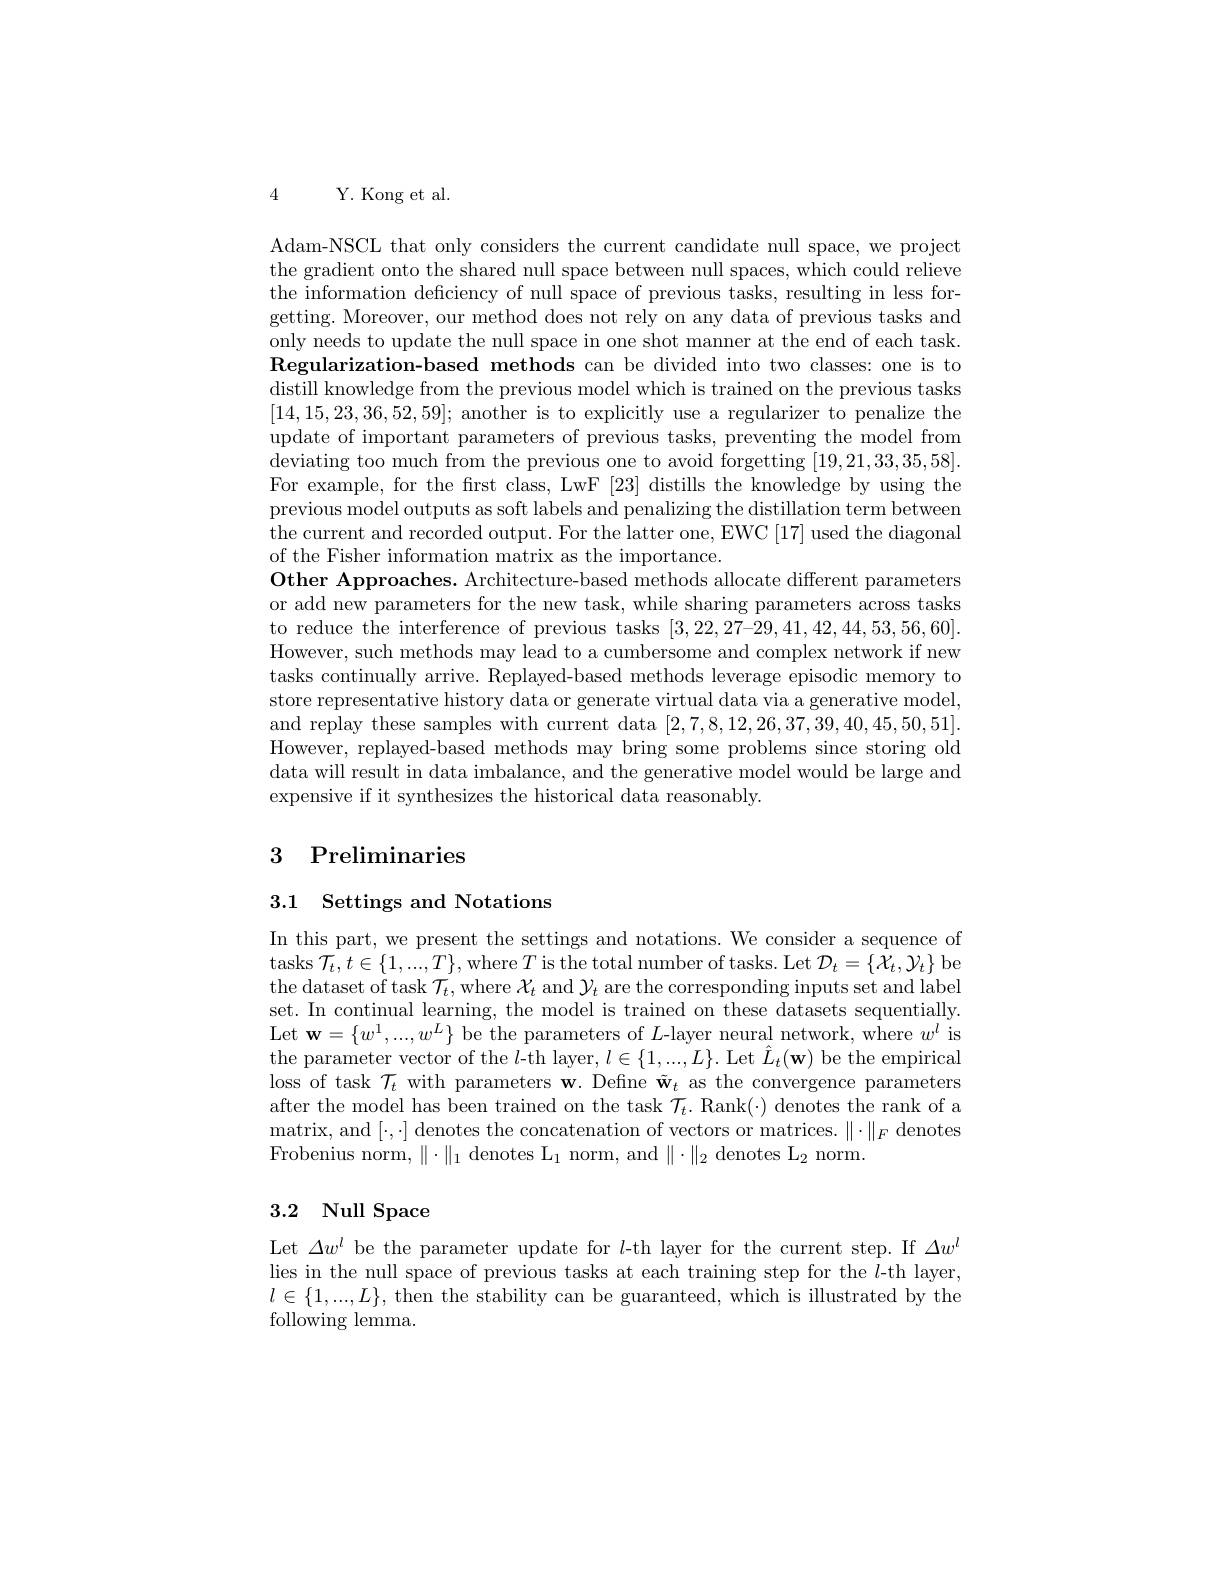
4

Y. Kong et al.

Adam-NSCL that only considers the current candidate null space, we project the gradient onto the shared null space between null spaces, which could relieve the information deficiency of null space of previous tasks, resulting in less forgetting. Moreover, our method does not rely on any data of previous tasks and only needs to update the null space in one shot manner at the end of each task. $\textbf{Regularization- based methods can be divided into two classes: one is to}$ distill knowledge from the previous model which is trained on the previous tasks [14,15,23,36,52,59]; another is to explicitly use a regularizer to penalize the update of important parameters of previous tasks, preventing the model from deviating too much from the previous one to avoid forgetting [19,21,33,35,58]. For example, for the first class, LwF [23] distills the knowledge by using the previous model outputs as soft labels and penalizing the distillation term between the current and recorded output. For the latter one, EWC [17] used the diagonal of the Fisher information matrix as the importance.
Other Approaches. Architecture-based methods allocate different parameters or add new parameters for the new task, while sharing parameters across tasks to reduce the interference of previous tasks $[3,22,27–29,41,42,44,53,56,60].$ However, such methods may lead to a cumbersome and complex network if new tasks continually arrive. Replayed-based methods leverage episodic memory to store representative history data or generate virtual data via a generative model, and replay these samples with current data [2,7,8,12,26,37,39,40,45,50,51]. However, replayed-based methods may bring some problems since storing old data will result in data imbalance, and the generative model would be large and expensive if it synthesizes the historical data reasonably.

# 3 Preliminaries

# 3.1 Settings and Notations

In this part, we present the settings and notations. We consider a sequence of tasks $\mathcal{T}_t,t\in\{1,...,T\}$,where $T$ is the total number of tasks. Let $\mathcal{D}_t=\{\mathcal{X}_t,\mathcal{Y}_t\}$ be the dataset of task $\mathcal{T}_t$,where $\mathcal{X}_t$ and $\mathcal{Y}_t$ are the corresponding inputs set and label set. In continual learning, the model is trained on these datasets sequentially. Let w$=\{w^1,...,w^L\}$ be the parameters of $L$-layer neural network, where $w^l$ is the parameter vector of the $l$-th layer, $l\in\{1,...,L\}.$ Let $\hat{L}_t(\mathbf{w})$ be the empirical loss of task $\mathcal{T}_t$ with parameters w. Define $\tilde{\mathbf{w}}_t$ as the convergence parameters after the model has been trained on the task $\mathcal{T}_t.$ Rank(·) denotes the rank of a $\operatorname*{matrix,~and~}[\cdot,\cdot]\operatorname*{denotes~the~concatenation~of~vectors~or~matrices.~\|\cdot\|_{F}~denotes}$ Frobenius norm,$\|\cdot\|_1$denotes L$_1$norm, and$\|\cdot\|_2$ denotes L$_2$ norm.

## 3.2 Null Space

Let $\Delta w^l$ be the parameter update for $l$-th layer for the current step. If $\Delta w^l$ lies in the null space of previous tasks at each training step for the $l$-th layer, $l\in\{1,...,L\}$, then the stability can be guaranteed, which is illustrated by the following lemma.